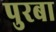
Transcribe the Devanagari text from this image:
पुरबा